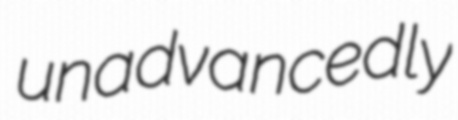
unadvancedly